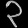
Digit: ၃